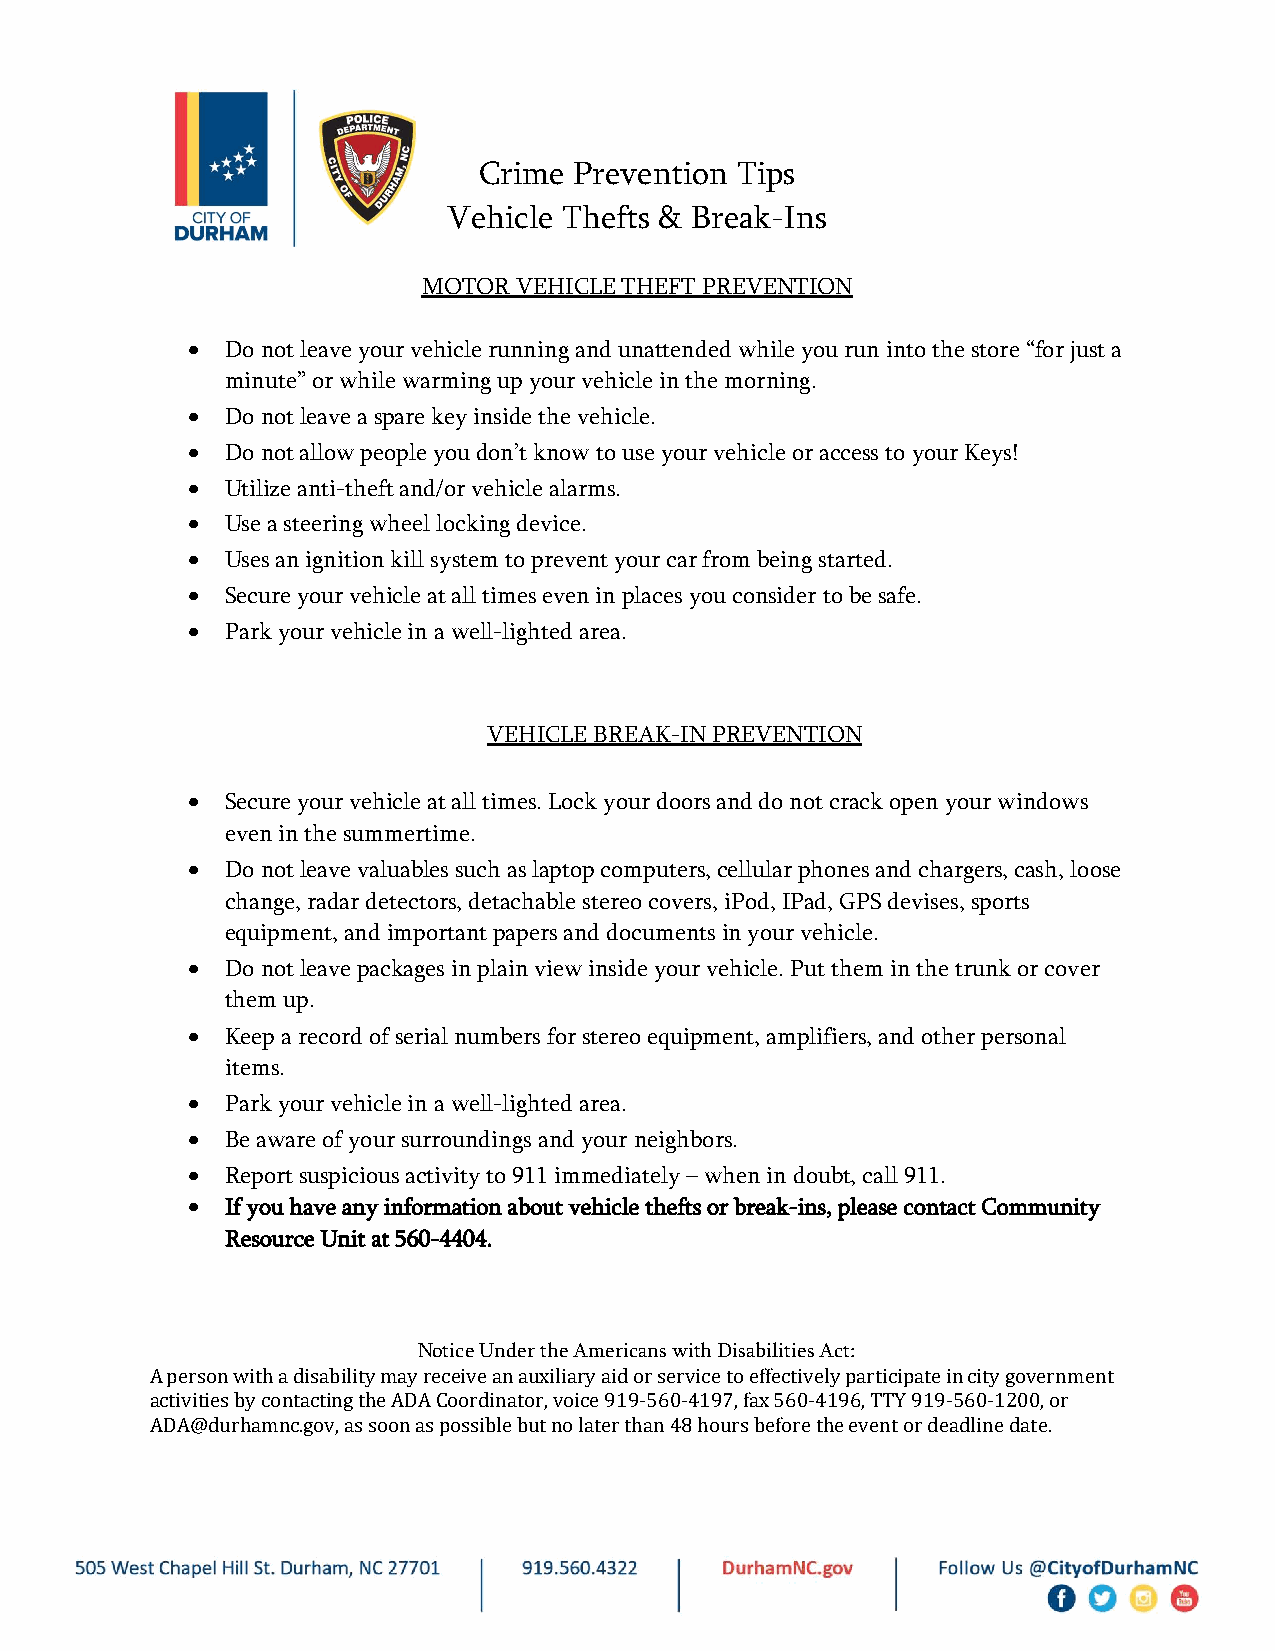
Crime Prevention Tips
 Vehicle Thefts & Break-Ins
 MOTOR VEHICLE THEFT PREVENTION
   Do not leave your vehicle running and unattended while you run into the store “for just a
 minute” or while warming up your vehicle in the morning.
   Do not leave a spare key inside the vehicle.
   Do not allow people you don’t know to use your vehicle or access to your Keys!
   Utilize anti-theft and/or vehicle alarms.
   Use a steering wheel locking device.
   Uses an ignition kill system to prevent your car from being started.
   Secure your vehicle at all times even in places you consider to be safe.
   Park your vehicle in a well-lighted area.
 VEHICLE BREAK-IN PREVENTION
   Secure your vehicle at all times. Lock your doors and do not crack open your windows
 even in the summertime.
   Do not leave valuables such as laptop computers, cellular phones and chargers, cash, loose
 change, radar detectors, detachable stereo covers, iPod, IPad, GPS devises, sports
 equipment, and important papers and documents in your vehicle.
   Do not leave packages in plain view inside your vehicle. Put them in the trunk or cover
 them up.
   Keep a record of serial numbers for stereo equipment, amplifiers, and other personal
 items.
   Park your vehicle in a well-lighted area.
   Be aware of your surroundings and your neighbors.
   Report suspicious activity to 911 immediately – when in doubt, call 911.
   If you have any information about vehicle thefts or break-ins, please contact Community
 Resource Unit at 560-4404.
 Notice Under the Americans with Disabilities Act:
 A person with a disability may receive an auxiliary aid or service to effectively participate in city government
 activities by contacting the ADA Coordinator, voice 919-560-4197, fax 560-4196, TTY 919-560-1200, or
 ADA@durhamnc.gov, as soon as possible but no later than 48 hours before the event or deadline date.